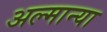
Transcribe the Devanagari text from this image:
अल्मान्या